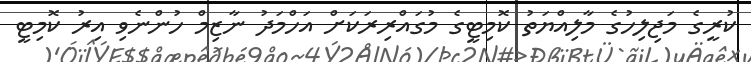
ކުރީގެ މަޖިލިހުގެ މާލިއްޔަތު ކޮމިޓީގެ މުގައްރިރަކަށް އަހްމަދު ނާޒިމް ހުންނެވި އިރު ކޮމިޓީ